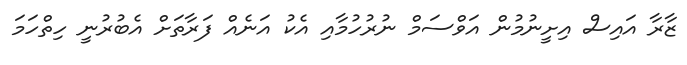
ޒާރާ އައިސް އިށީނުމުން އަވްސަމް ނުރުހުމާއި އެކު އަނެއް ފަރާތަށް އެބުރުނީ ހިތްހަމަ